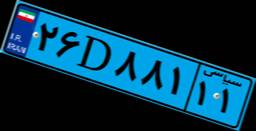
۲۶D۸۸۱۱۱